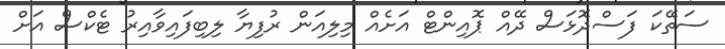
ސަތޭކަ ފަސްދޮޅަސް ދޭއް ޕޮއިންޓް އަށެއް މިލިއަން ރުފިޔާ ލިބިފައިވާއިރު ޓެކްސް އަށް